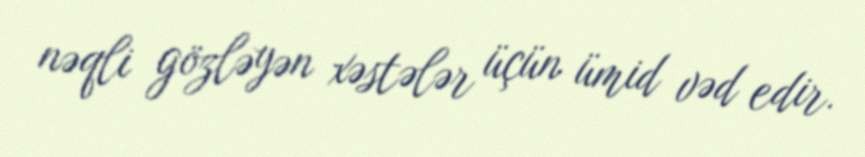
nəqli gözləyən xəstələr üçün ümid vəd edir.